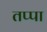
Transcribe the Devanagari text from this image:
तप्पा